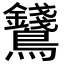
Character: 𪈇